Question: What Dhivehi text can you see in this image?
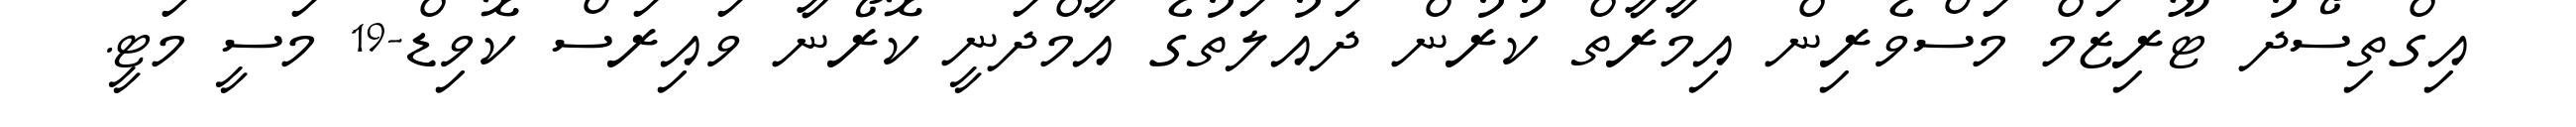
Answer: އިގްތިސޯދު ޓޫރިޒަމް މަސްވެރިން އިމާރާތް ކުރުން ދައުލަތުގެ އާމްދަނީ ކޮރޯނާ ވައިރަސް ކޮވިޑް-19 މަސީ މަޓީ.